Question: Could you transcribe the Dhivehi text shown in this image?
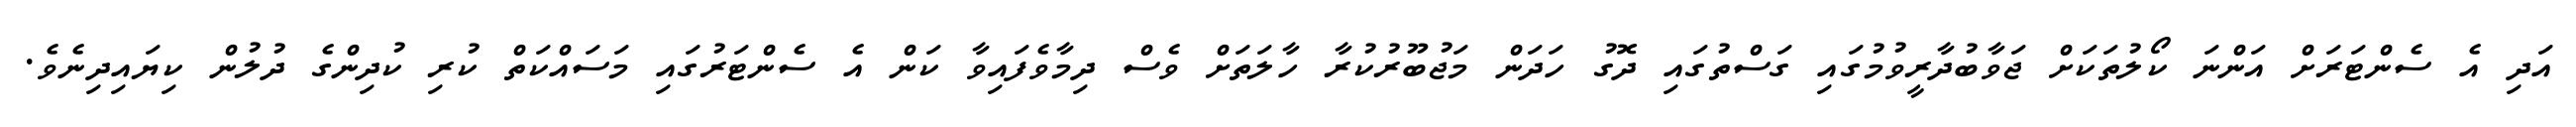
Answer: އަދި އެ ސެންޓަރަށް އަންނަ ކޯލުތަކަށް ޖަވާބުދާރީވުމުގައި ގަސްތުގައި ދޮގު ހަދަން މަޖުބޫރުކުރާ ހާލަތަށް ވެސް ދިމާވެފައިވާ ކަން އެ ސެންޓަރުގައި މަސައްކަތް ކުރި ކުދިންގެ ދުލުން ކިޔައިދިނެވެ.